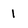
Character: 1